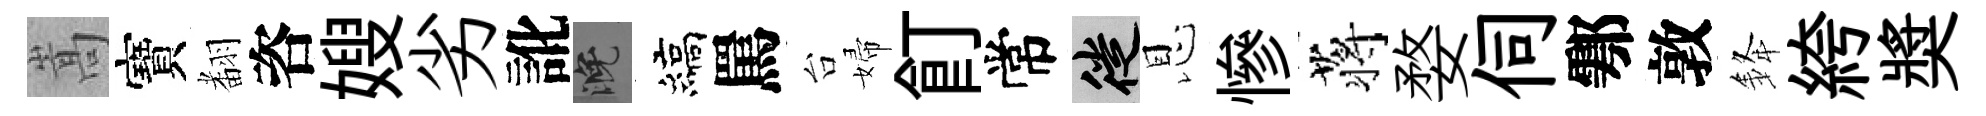
嵩寶𮋒咨嫂劣訛晚縞罵台婦飣常徙恩慘蒋婺伺鄠敦𨦟絝奬